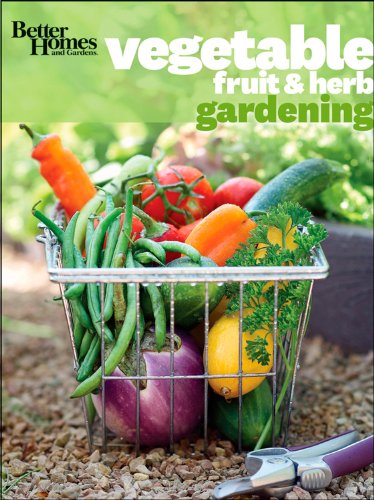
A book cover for Better Homes and Gardens Vegetable, Fruit & Herb Gardening (Better Homes and Gardens Gardening); Better Homes and Gardens; Crafts, Hobbies & Home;